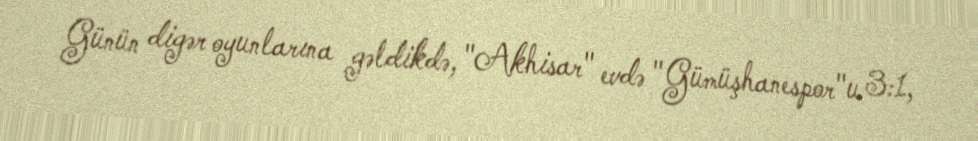
Günün digər oyunlarına gəldikdə, "Akhisar" evdə "Gümüşhanespor"u 3:1,